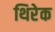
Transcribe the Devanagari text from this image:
थिरेक